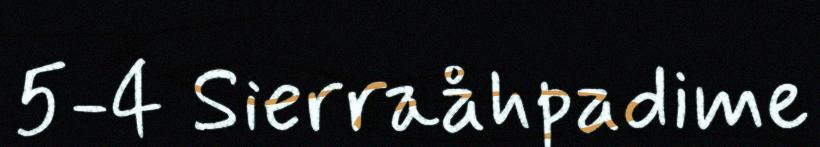
5-4 Sierraåhpadime